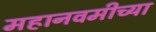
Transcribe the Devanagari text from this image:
महानवमीच्या